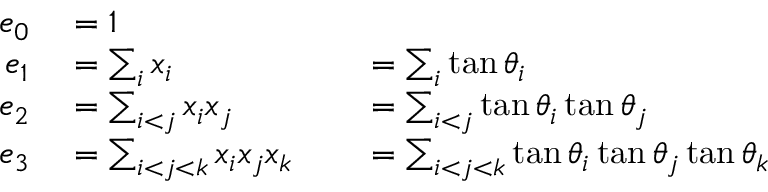
\begin{array} { r l r l } { e _ { 0 } } & { { } = 1 } \\ { e _ { 1 } } & { { } = \sum _ { i } x _ { i } } & { } & { { } = \sum _ { i } \tan \theta _ { i } } \\ { e _ { 2 } } & { { } = \sum _ { i < j } x _ { i } x _ { j } } & { } & { { } = \sum _ { i < j } \tan \theta _ { i } \tan \theta _ { j } } \\ { e _ { 3 } } & { { } = \sum _ { i < j < k } x _ { i } x _ { j } x _ { k } } & { } & { { } = \sum _ { i < j < k } \tan \theta _ { i } \tan \theta _ { j } \tan \theta _ { k } } \end{array}